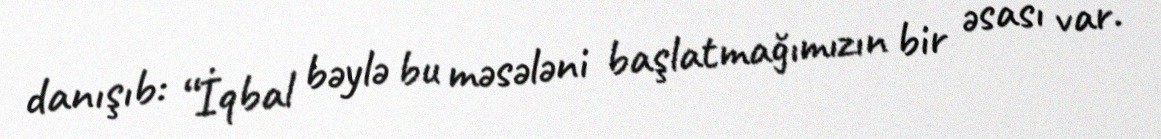
danışıb: “İqbal bəylə bu məsələni başlatmağımızın bir əsası var.